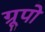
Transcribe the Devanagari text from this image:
ग्रूपो